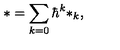
* = \sum _ { k = 0 } \hbar ^ { k } * _ { k } ,